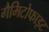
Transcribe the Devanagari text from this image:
गैमिटोफाइट